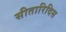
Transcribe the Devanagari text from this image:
सीतारिदिस